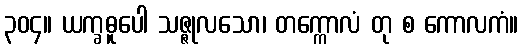
၃၀၄။ ယက္ခဓူပေါ သဇ္ဇုလသော၊ တက္ကောလံ တု စ ကောလကံ။